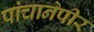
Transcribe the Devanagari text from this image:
पांचानेपीर